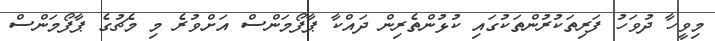
މިވީހާ ދުވަހު ފަރިތަކުރުންތަކުގައި ކުޅުންތެރިން ދައްކާ ޕާފޯމަންސް އަށްވުރެ މި މެޗުގެ ޕާފޯމަންސް